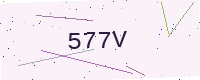
Text: 577V